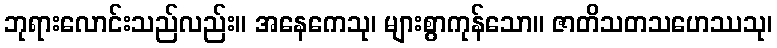
ဘုရားလောင်းသည်လည်း။ အနေကေသု၊ များစွာကုန်သော။ ဇာတိသတသဟေဿသု၊